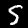
Digit: 5